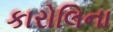
કારોલિના